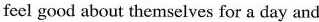
feel good about themselves for a day and